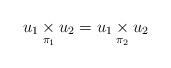
LaTeX: \begin{align*} u_1\underset{\pi_1}{\times}u_2 = u_1\underset{\pi_2}{\times}u_2 \end{align*}